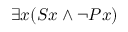
\exists x ( S x \land \neg P x )